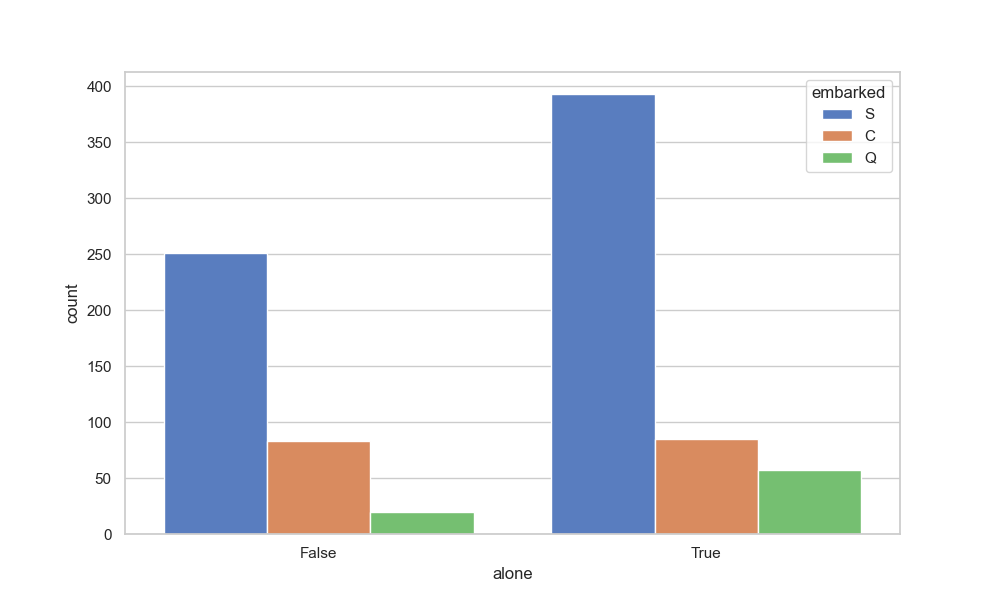
python, seaborn, countplot, x='alone', palette='muted', hue='embarked'